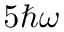
5 \hbar \omega